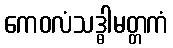
ကေဝလံသဒ္ဓါမတ္တကံ